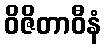
ဝိဇိတာဝီနံ